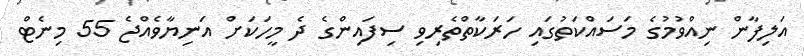
އަލިފާން ނިއްވުމުގެ މަސައްކަތުގައި ހަރަކާތްތެރިވި ސިފައިންގެ ދެ މީހަކަށް އަނިޔާވެއްޖެ 55 މިނެޓް